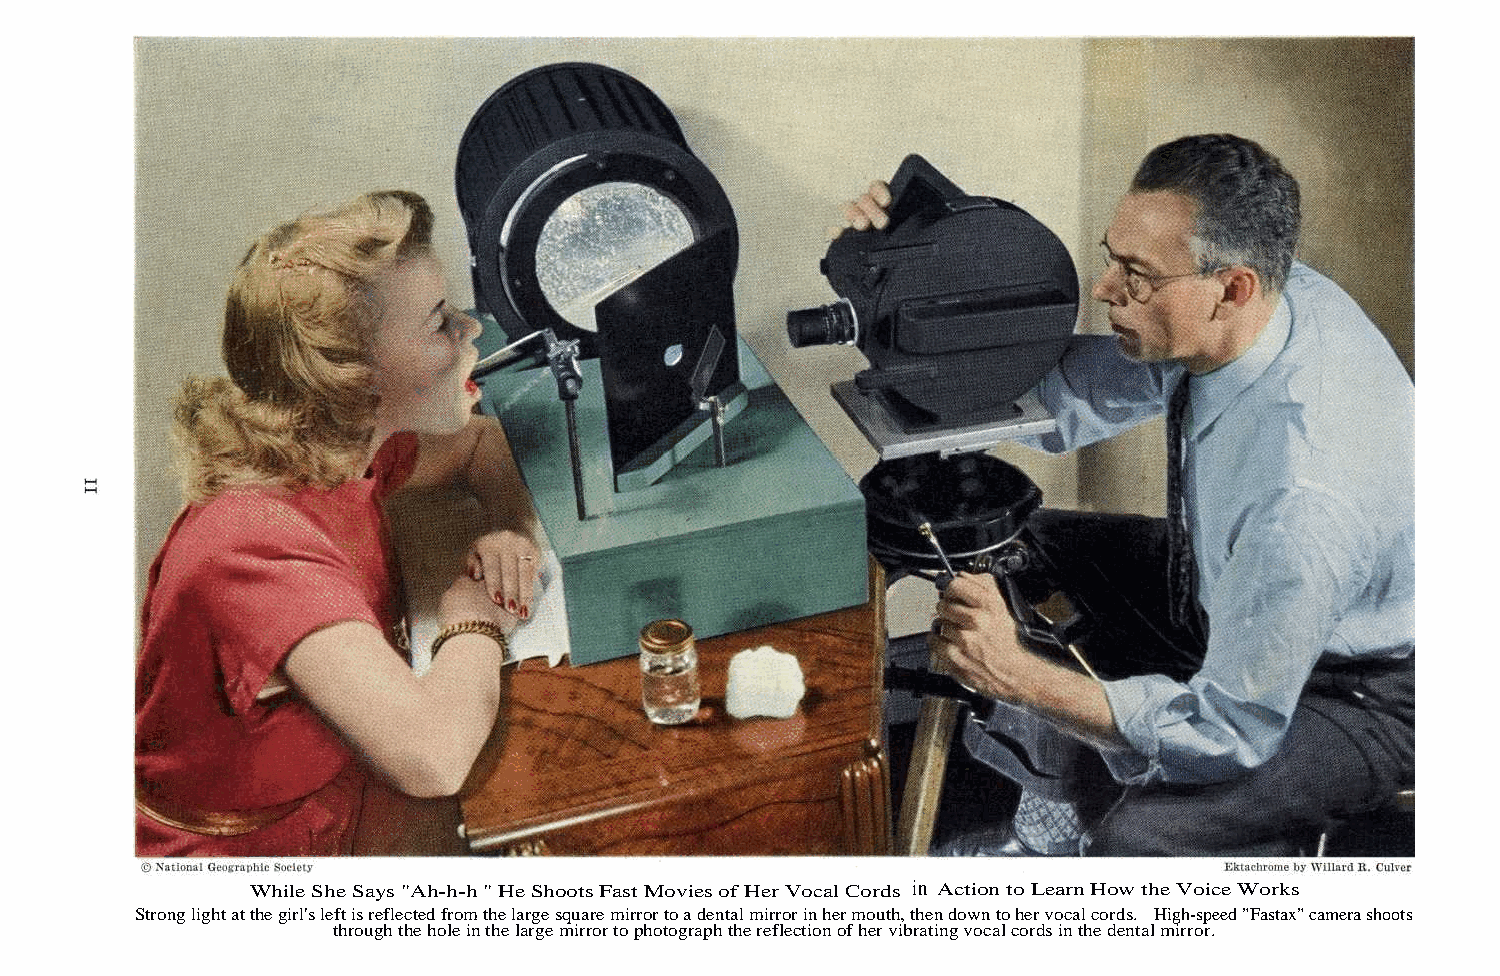
While She Says "Ah-h-h " He Shoots Fast Movies of Her Vocal Cords in Action to Learn How the Voice Works
 Strong light at the girl's left is reflected from the large square mirror to a dental mirror in her mouth, then down to her vocal cords. High-speed "Fastax" camera shoots
 through the hole in the large mirror to photograph the reflection of her vibrating vocal cords in the dental mirror.